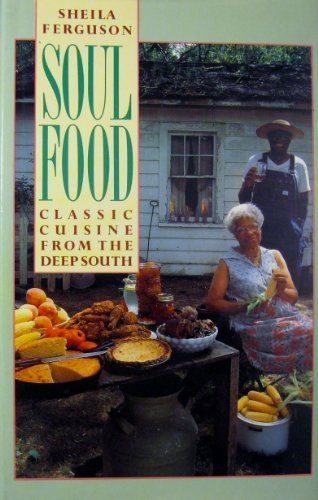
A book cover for Soul food: Classic cuisine from the deep South; Sheila Ferguson; Cookbooks, Food & Wine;